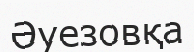
Әуезовқа